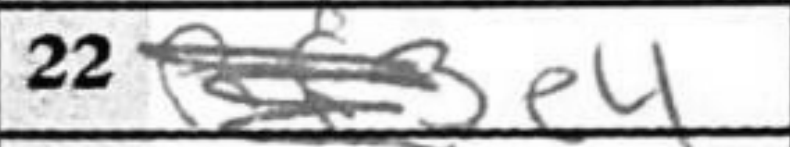
Transcription: e4